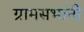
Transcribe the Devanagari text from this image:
ग्रामसभांनी